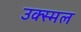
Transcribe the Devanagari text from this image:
उक्स्मल